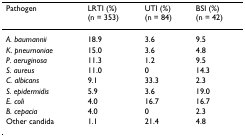
<table><thead><tr><td><b>Pathogen</b></td><td><b>LRTI (%)(n = 353)</b></td><td><b>UTI (%)(n = 84)</b></td><td><b>BSI (%)(n = 42)</b></td></tr></thead><tbody><tr><td><i>A. baumannii</i></td><td>18.9</td><td>3.6</td><td>9.5</td></tr><tr><td><i>K. pneurnoniae</i></td><td>15.0</td><td>3.6</td><td>4.8</td></tr><tr><td><i>P. aeruginosa</i></td><td>11.3</td><td>1.2</td><td>9.5</td></tr><tr><td><i>S. aureus</i></td><td>11.0</td><td>0</td><td>14.3</td></tr><tr><td><i>C. albicans</i></td><td>9.1</td><td>33.3</td><td>2.3</td></tr><tr><td><i>S. epidermidis</i></td><td>5.9</td><td>3.6</td><td>19.0</td></tr><tr><td><i>E. coli</i></td><td>4.0</td><td>16.7</td><td>16.7</td></tr><tr><td><i>B. cepacia</i></td><td>4.0</td><td>0</td><td>2.3</td></tr><tr><td>Other candida</td><td>1.1</td><td>21.4</td><td>4.8</td></tr></tbody></table>